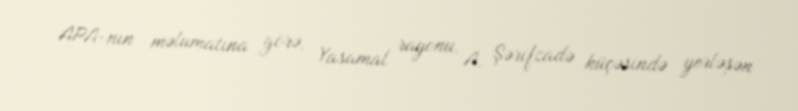
APA-nın məlumatına görə, Yasamal rayonu, A. Şərifzadə küçəsində yerləşən